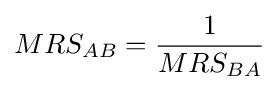
MRS_{AB}={\frac {1}{MRS_{BA}}}